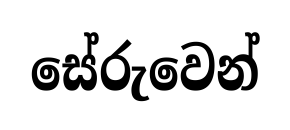
සේරුවෙන්